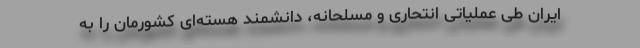
ایران طی عملیاتی انتحاری و مسلحانه، دانشمند هسته‌ای کشورمان را به